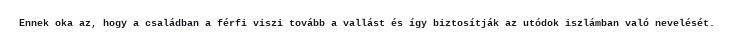
Ennek oka az, hogy a családban a férfi viszi tovább a vallást és így biztosítják az utódok iszlámban való nevelését.